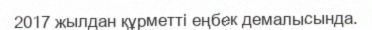
2017 жылдан құрметті еңбек демалысында.